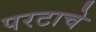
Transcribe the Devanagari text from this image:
परटाचे